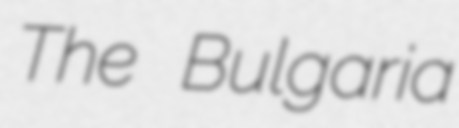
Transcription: The Bulgaria